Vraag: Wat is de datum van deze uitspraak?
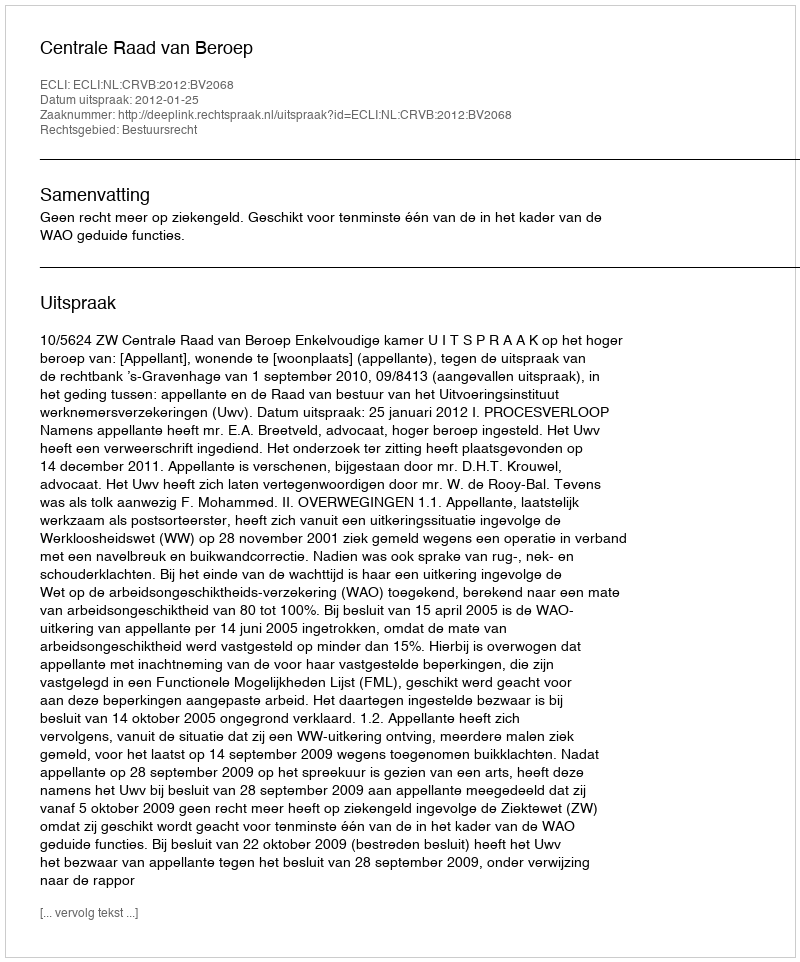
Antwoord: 2012-01-25